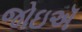
જોઇઍ